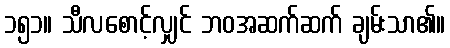
၁၅၁။ သီလစောင့်လျှင် ဘဝအဆက်ဆက် ချမ်းသာ၏။